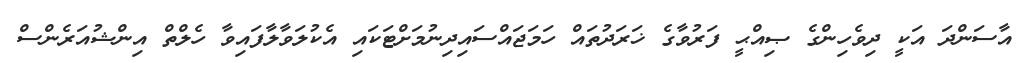
އާސަންދަ އަކީ ދިވެހިންގެ ޞިއްޙީ ފަރުވާގެ ޚަރަދުތައް ހަމަޖައްސައިދިނުމަށްޓަކައި އެކުލަވާލާފައިވާ ހެލްތް އިންޝުއަރެންސް